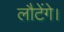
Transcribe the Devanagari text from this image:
लौटेंगे।